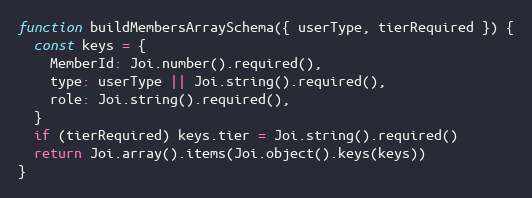
Language: JavaScript
function buildMembersArraySchema({ userType, tierRequired }) {
  const keys = {
    MemberId: Joi.number().required(),
    type: userType || Joi.string().required(),
    role: Joi.string().required(),
  }
  if (tierRequired) keys.tier = Joi.string().required()
  return Joi.array().items(Joi.object().keys(keys))
}